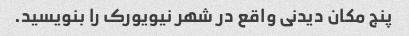
پنج مکان دیدنی واقع در شهر نیویورک را بنویسید.